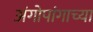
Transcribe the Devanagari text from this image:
अंगोपांगाच्या